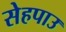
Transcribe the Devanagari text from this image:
सेहपाउ